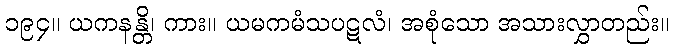
၁၉၄။ ယကနန္တိ၊ ကား။ ယမကမံသပဋလံ၊ အစုံသော အသားလွှာတည်း။